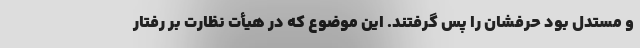
و مستدل بود حرفشان را پس گرفتند. این موضوع که در هیأت نظارت بر رفتار